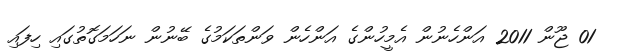
01 ޖޫން 2011 އަންހެނުން އެމީހުންގެ އަންހެން ވަންތަކަމުގެ ބޭނުން ނަހަމަގޮތުގައި ހިފައި